Annual returns of the Patna Lunatic Asylum at Bankipore in Bihar and Orissa - 1912-1924
Year: 1912
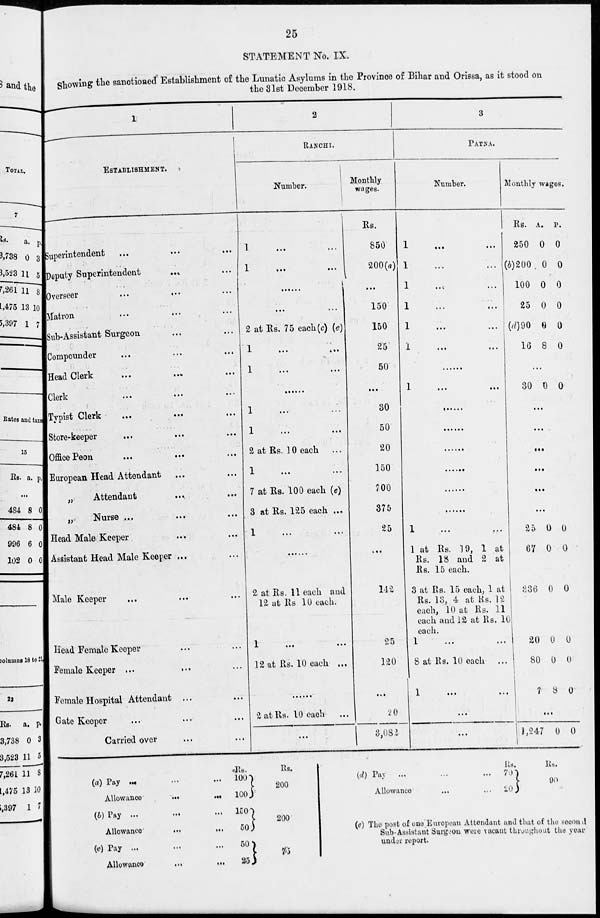
25
STATEMENT No. IX.
Showing the sanctioned Establishment of the Lunatic Asylums in the Province of Bihar and Orissa, as it stood on
the 31st December 1918.
1
ESTABLISHMENT.
Superintendent
...
...
...
Deputy Superintendent ... ...
Overseer ... ... ...
Matron ... ... ...
Sub-Assistant Surgeon ... ...
Compounder ... ... ...
Head Clerk ... ... ...
Clerk ... ... ...
Typist Clerk ... ... ...
Store-keeper ... ... ...
Office Peon ... ... ...
European Head Attendant
„
Attendant
...
...
„
Nurse ...
Head Male Keeper ... ...
Assistant Head Male Keeper ...
Male Keeper ... ... ...
Head Female Keeper ... ...
Female Keeper ... ... ...
Female Hospital Attendant ...
Gate Keeper ... ... ...
Carried over ... ... ...
2
RANCHI.
Number.
1 ... ...
1
...
...
... ...
...
...
2 at Rs. 75 each(c) (e)
1
...
...
1 ... ...
......
1 ... ...
1
...
...
2 at Rs. 10 each
1
...
...
7 at Rs. 100 each (e)
3 at Rs. 125 each ...
1
......
2 at Rs. 11 each and
12 at Rs 10 each.
1
...
...
12 at Rs. 10 each ...
......
2 at Rs. 10 each
...
Monthly
wages.
Rs.
850
200(a)
...
150
150
25
50
...
30
50
20
150
700
375
25
...
142
25
120
...
20
3,082
3
PATNA.
Number.
1
...
...
1
...
...
1
...
...
1
...
...
1
...
...
1
...
...
......
1
...
...
......
......
......
......
......
......
1 ... ...
1 at Rs. 19, 1 at
Rs. 18 and 2 at
Rs. 15 each.
3 at Rs. 15 each, 1 at
Rs. 13, 4 at Rs. 12
each, 10 at Rs. 11
each and 12 at Rs. 10
each.
1 ... ...
8 at Rs. 10 each
1
...
...
...
...
Monthly wages.
Rs.
250
(b)200
100
25
(d)90
16
A.
0
0
0
0
0
8
P.
0
0
0
0
0
0
...
30 0 0
...
...
...
...
...
...
25
67
336
20
80
7
0
0
0
0
0
8
0
0
0
0
0
0
...
1,247 0 0
(a) Pay ... ... ...
Allowance ... ... ...
(b) Pay ... ... ...
Allowance
...
...
...
(c) Pay ... ... ...
Allowance
...
...
...
Rs.
100
100
150
50
50
25
Rs.
200
200
76
Rs.
(d) Pay ...
...
... 72
Allowance
...
... 20
Rs.
90
(e) The post of one European Attendant and that of the second
Sub-Assistant Surgeon were vacant throughout the year
under report.